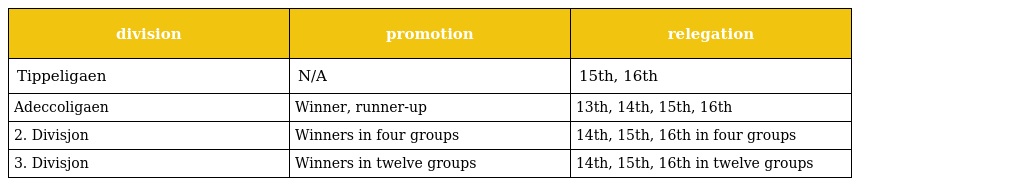
| division | promotion | relegation |
 | --- | --- | --- |
 | Tippeligaen | N/A | 15th, 16th |
 | Adeccoligaen | Winner, runner-up | 13th, 14th, 15th, 16th |
 | 2. Divisjon | Winners in four groups | 14th, 15th, 16th in four groups |
 | 3. Divisjon | Winners in twelve groups | 14th, 15th, 16th in twelve groups |